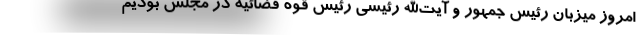
امروز میزبان رئیس جمهور و آیت‌الله رئیسی رئیس قوه قضائیه در مجلس بودیم